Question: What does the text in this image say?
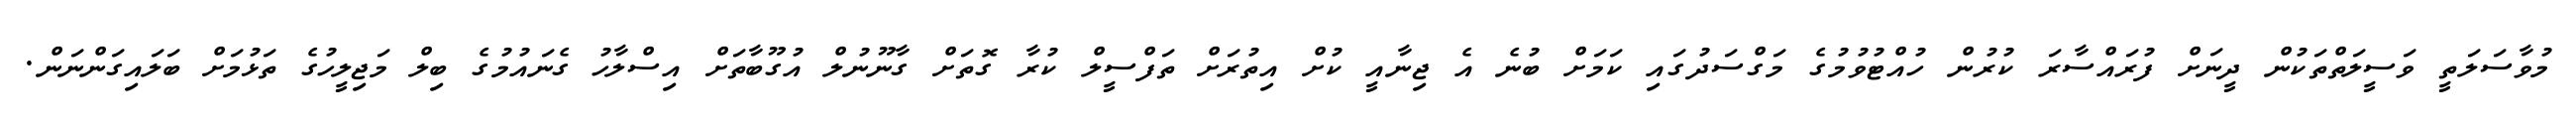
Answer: މުވާސަލަތީ ވަސީލަތްތަކުން ދީނަށް ފުރައްސާރަ ކުރުން ހުއްޓުވުމުގެ މަގްސަދުގައި ކަމަށް ބުނެ އެ ޖިނާއީ ކުށް އިތުރަށް ތަފްސީލް ކުރާ ގޮތަށް ގާނޫނުލް އުގޫބާތަށް އިސްލާހު ގެނައުމުގެ ބިލް މަޖިލީހުގެ ތަޅުމަށް ބަލައިގަންނަން.